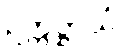
ဥက္ကဋ္ဌာယံ